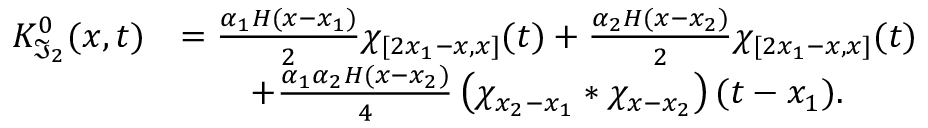
\begin{array} { r l } { K _ { \mathfrak { I } _ { 2 } } ^ { 0 } ( x , t ) } & { = \frac { \alpha _ { 1 } H ( x - x _ { 1 } ) } { 2 } \chi _ { [ 2 x _ { 1 } - x , x ] } ( t ) + \frac { \alpha _ { 2 } H ( x - x _ { 2 } ) } { 2 } \chi _ { [ 2 x _ { 1 } - x , x ] } ( t ) } \\ & { \qquad + \frac { \alpha _ { 1 } \alpha _ { 2 } H ( x - x _ { 2 } ) } { 4 } \left( \chi _ { x _ { 2 } - x _ { 1 } } \ast \chi _ { x - x _ { 2 } } \right) ( t - x _ { 1 } ) . } \end{array}